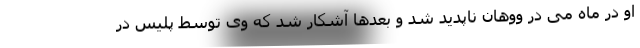
او در ماه می در ووهان ناپدید شد و بعدها آشکار شد که وی توسط پلیس در